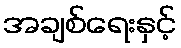
အချစ်ရေးနှင့်